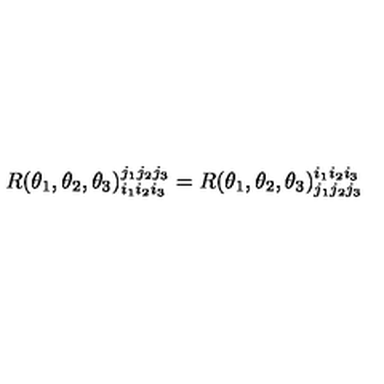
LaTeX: R ( \theta _ { 1 } , \theta _ { 2 } , \theta _ { 3 } ) _ { i _ { 1 } i _ { 2 } i _ { 3 } } ^ { j _ { 1 } j _ { 2 } j _ { 3 } } = R ( \theta _ { 1 } , \theta _ { 2 } , \theta _ { 3 } ) _ { j _ { 1 } j _ { 2 } j _ { 3 } } ^ { i _ { 1 } i _ { 2 } i _ { 3 } }